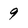
Character: 9